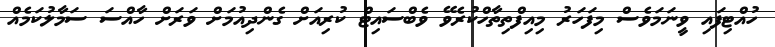
ހުއްޓިފައި ވީނަމަވެސް މިފަހަރު މިއިފްތިތާހްކުރެވޭ ވެބްސައިޓް ކުރިއަށް ގެންދިއުމަށް ވަރަށް ހާއްސަ ސަމާލުކަމެއް